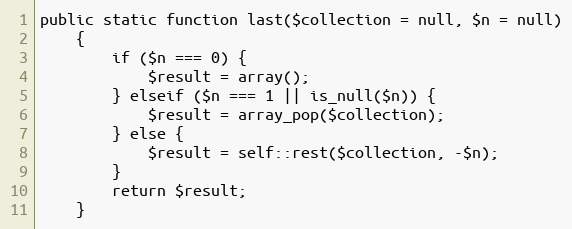
Language: PHP
public static function last($collection = null, $n = null)
    {
        if ($n === 0) {
            $result = array();
        } elseif ($n === 1 || is_null($n)) {
            $result = array_pop($collection);
        } else {
            $result = self::rest($collection, -$n);
        }
        return $result;
    }